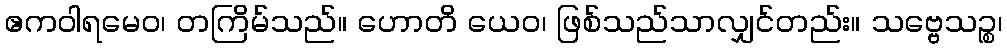
ဧကဝါရမေဝ၊ တကြိမ်သည်။ ဟောတိ ယေဝ၊ ဖြစ်သည်သာလျှင်တည်း။ သဗ္ဗေသဉ္စ၊